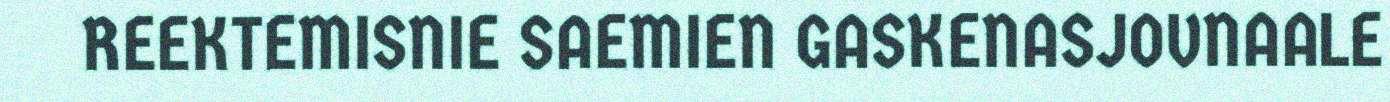
REEKTEMISNIE SAEMIEN GASKENASJOVNAALE